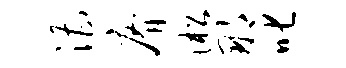
漕瘠淞那叱